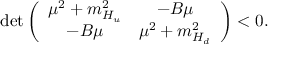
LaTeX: \mathrm { d e t } \left( \begin{array} { c c } { { \mu ^ { 2 } + m _ { H _ { u } } ^ { 2 } } } & { { - B \mu } } \\ { { - B \mu } } & { { \mu ^ { 2 } + m _ { H _ { d } } ^ { 2 } } } \end{array} \right) < 0 .